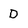
Character: D